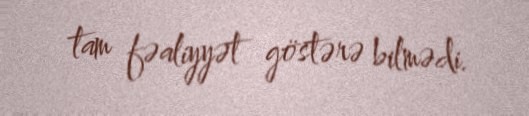
tam fəaliyyət göstərə bilmədi.